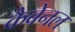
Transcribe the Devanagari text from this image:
कैबेनल